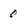
Character: 0